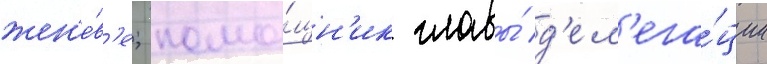
жен'е́в'е; помо́щн'ик главы́ д'ел'ега́ции